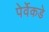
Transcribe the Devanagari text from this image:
पेर्वेकडे